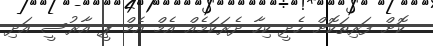
ކޮށް ފަރިތަކޮށް ހެެދީ ކިހާ ދެރަކަމެއް އެމް އެމް ޕީ އާރުސީ އަދި